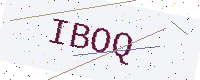
Text: IBOQ